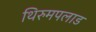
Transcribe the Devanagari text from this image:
थिरुमपलाड